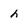
Character: h